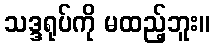
သဒ္ဒရုပ်ကို မထည့်ဘူး။